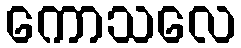
ကောသလေ